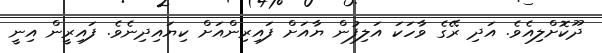
ދޫކޮށްލިއެވެ. އަދި ރޭގެ ވާހަކަ އަލިފުން ޔާއަށް ފައިރިންއަށް ކިޔައިދިނެވެ. ފައިރީން އިނީ